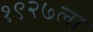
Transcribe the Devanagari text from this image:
१९२७ला